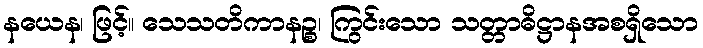
နယေန၊ ဖြင့်။ သေသတိကာနဉ္စ၊ ကြွင်းသော သတ္တာဓိဋ္ဌာနအစရှိသော